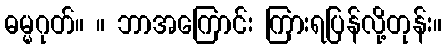
ဓမ္မဂုတ်။ ။ ဘာအကြောင်း ကြားရပြန်လို့တုန်း။